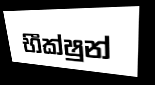
භීක්ෂුන්